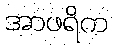
အာဖရိက